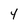
Character: Y